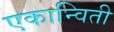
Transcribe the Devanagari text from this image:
एकान्विती